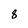
Character: 8